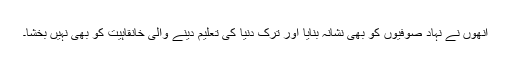
انھوں نے نہاد صوفیوں کو بھی نشانہ بنایا اور ترکِ دنیا کی تعلیم دینے والی خانقاہیت کو بھی نہیں بخشا۔